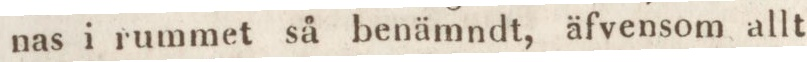
nas i rummet så benämndt, äfvensom allt